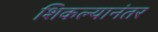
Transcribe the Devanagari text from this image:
शिकल्यानंतर